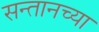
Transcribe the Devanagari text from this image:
सन्तानच्या